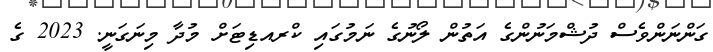
ގަންނަންވެސް ދުޝްމަނުންގެ އަތުން ލޯނުގެ ނަމުގައި ކްރއޑިޓަށް މުދާ މިނަގަނީ. 2023 ގެ